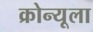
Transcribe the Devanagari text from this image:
क्रोन्यूला